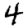
Digit: 4